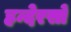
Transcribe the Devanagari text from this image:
हन्देरसों